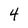
Character: 4